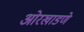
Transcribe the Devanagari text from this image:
ओरखाडणे